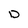
Character: D